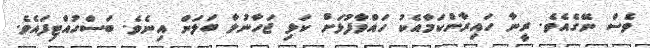
ވެސް ނޭގެއެވެ. ރީނާ ހައިރާންކަމާއެކު ހައްވާފުޅަށް ކަޅި ޖަހާނުލާ ބަލަން އިނެވެ. ބަސްހުއްޓިފައެވެ.